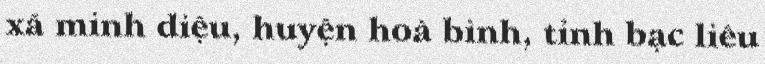
xã minh diệu, huyện hoà bình, tỉnh bạc liêu